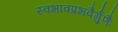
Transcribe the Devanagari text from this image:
स्वभावप्रभवैर्गुणैः